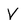
Character: V